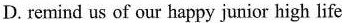
D. remind us of our happy junior high life